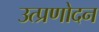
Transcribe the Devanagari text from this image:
उत्प्रणोदन